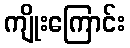
ကျိုးကြောင်း